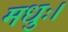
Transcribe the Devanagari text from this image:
मधुः।